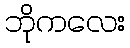
ဘိုကလေး